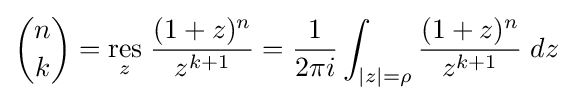
{n \choose k}={\underset {z}{\mathrm {res} }}\;{\frac {(1+z)^{n}}{z^{k+1}}}={\frac {1}{2\pi i}}\int _{|z|=\rho }{\frac {(1+z)^{n}}{z^{k+1}}}\;dz